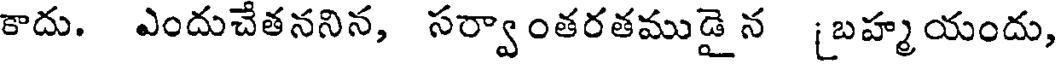
కాదు. ఎందుచేతననిన, సర్వాంతరతముడై న [బహ్మ యందు,